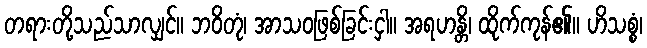
တရားတို့သည်သာလျှင်။ ဘဝိတုံ၊ အာသဝဖြစ်ခြင်းငှါ။ အရဟန္တိ၊ ထိုက်ကုန်၏။ ဟိသစ္စံ၊